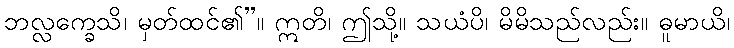
ဘလ္လက္ခေသိ၊ မှတ်ထင်၏”။ ဣတိ၊ ဤသို့။ သယံပိ၊ မိမိသည်လည်း။ ဓူမာယိ၊